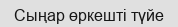
Сыңар өркешті түйе